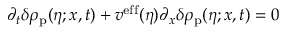
\partial _ { t } \delta \rho _ { \mathrm { p } } ( \eta ; x , t ) + v ^ { \mathrm { e f f } } ( \eta ) \partial _ { x } \delta \rho _ { \mathrm { p } } ( \eta ; x , t ) = 0